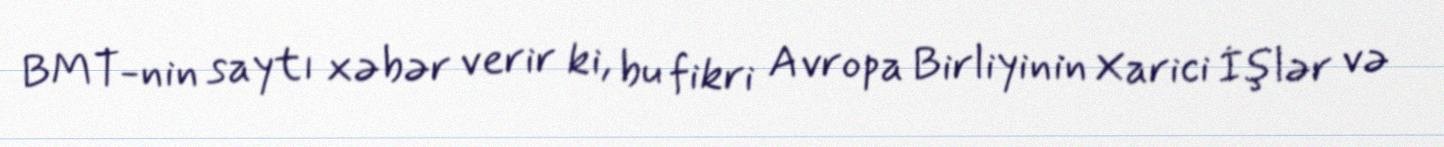
BMT-nin saytı xəbər verir ki, bu fikri Avropa Birliyinin Xarici İşlər və